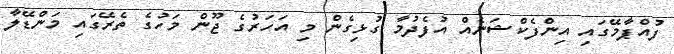
ފުއްޕާމޭގައި އިންފެކްޝަނެއް އުފެދުމާ ގުޅިގެން މި އަހަރުގެ ޖޫން މަހުގެ ތެރޭގައި މަންޑޭލާ